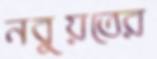
নবুয়তের